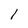
Character: l